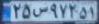
۲۵س۹۷۲۵۱